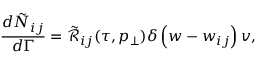
\frac { d \tilde { N } _ { i j } } { d \Gamma } = \tilde { \mathcal { R } } _ { i j } ( \tau , p _ { \perp } ) \delta \left( w - w _ { i j } \right) v ,